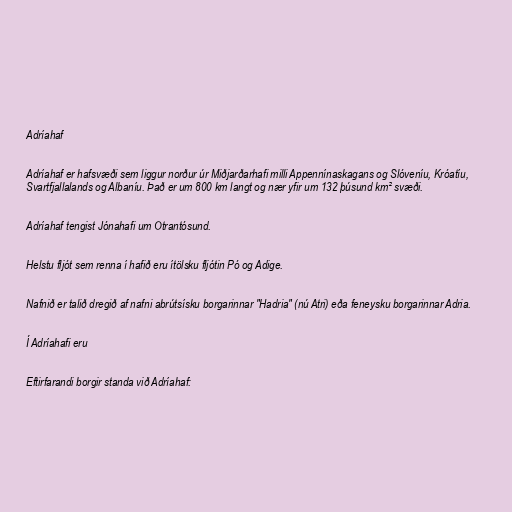
Adríahaf

Adríahaf er hafsvæði sem liggur norður úr Miðjarðarhafi milli Appennínaskagans og Slóveníu, Króatíu,
Svartfjallalands og Albaníu. Það er um 800 km langt og nær yfir um 132 þúsund km² svæði.

Adríahaf tengist Jónahafi um Otrantósund.

Helstu fljót sem renna í hafið eru ítölsku fljótin Pó og Adige.

Nafnið er talið dregið af nafni abrútsísku borgarinnar "Hadria" (nú Atri) eða feneysku borgarinnar Adria.

Í Adríahafi eru

Eftirfarandi borgir standa við Adríahaf: